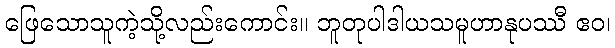
ဖြေသောသူကဲ့သို့လည်းကောင်း။ ဘူတုပါဒါယသမူဟာနုပဿီ ဧဝ၊